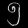
Digit: ၅